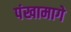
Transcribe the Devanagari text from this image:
पंखामागे